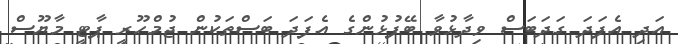
އަދި އެފަދަ ގަދަބަސް ވިދާޅުވާ ބޭފުޅުންގެ އެފަދަ ބަސްތަކުން ޖުމްހޫރީ ޕާޓީ މާޔޫސް